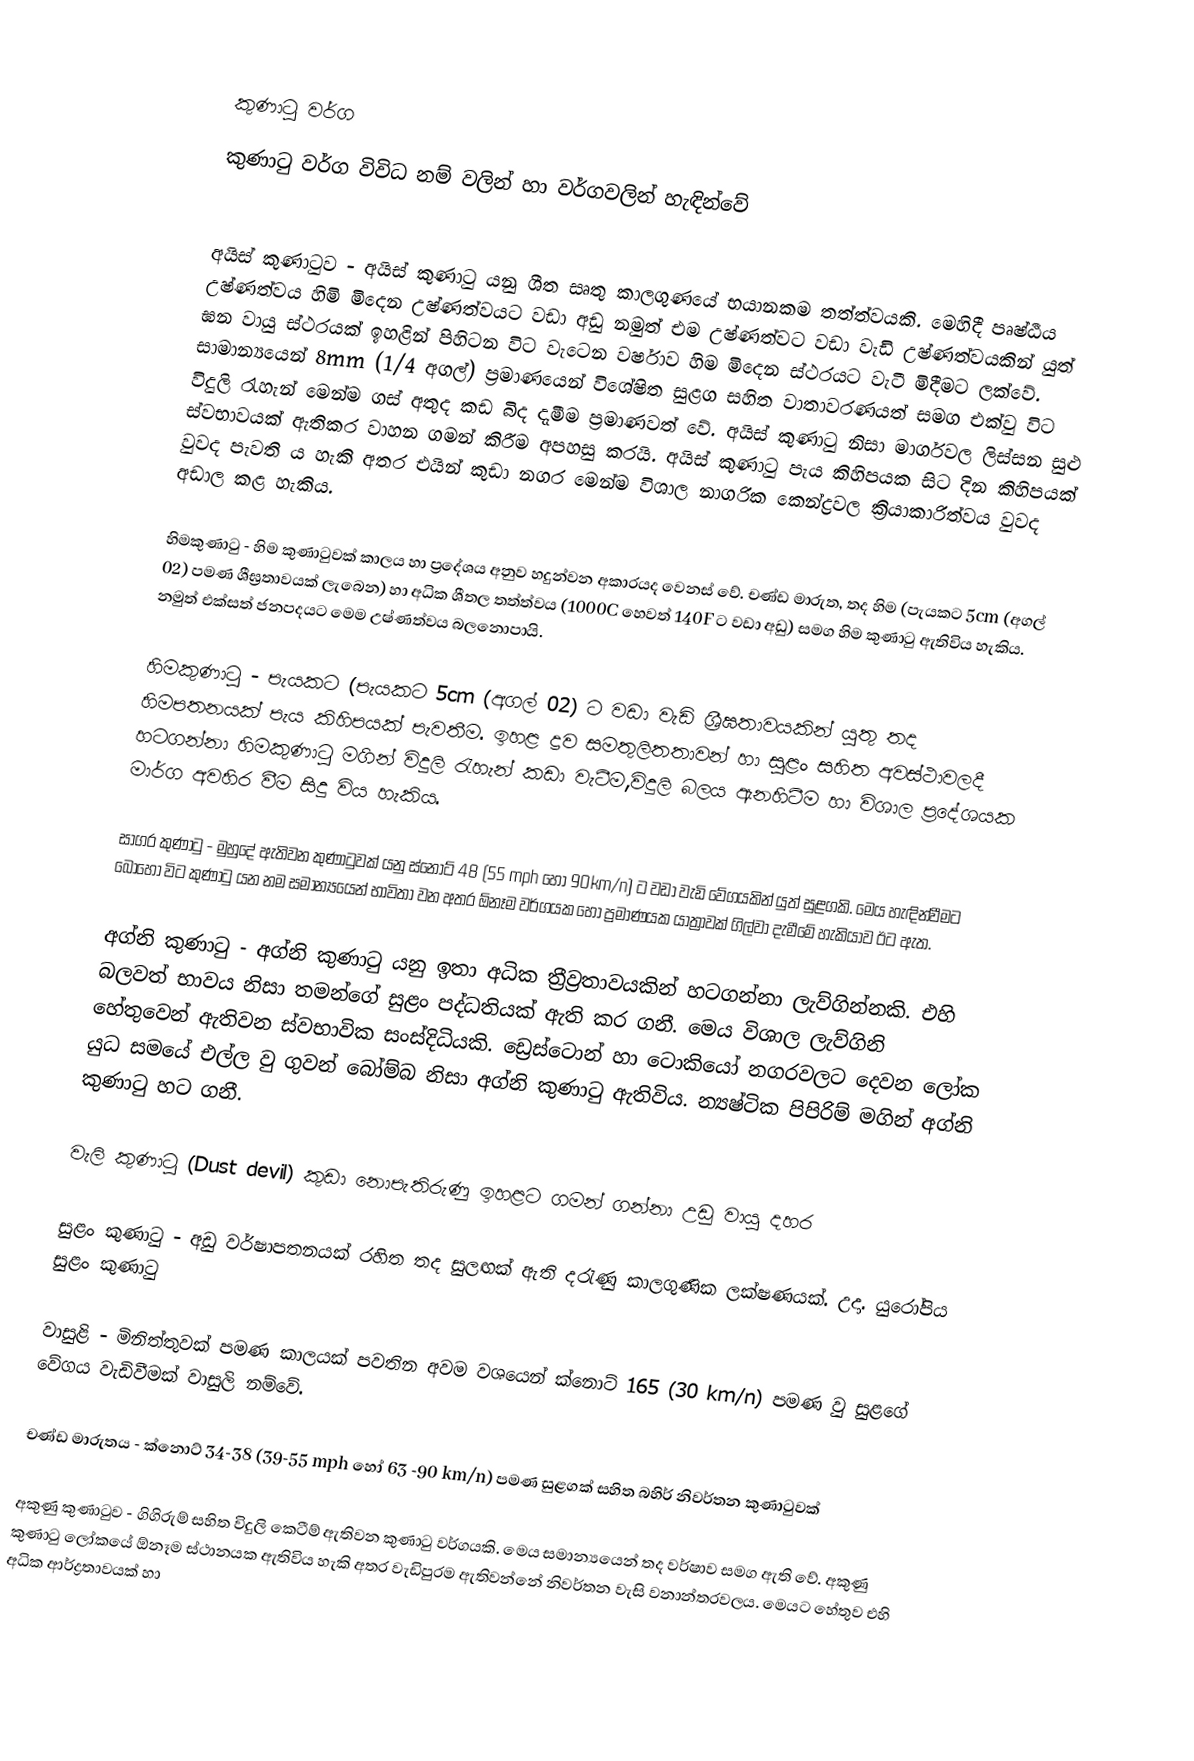

කුණාටු වර්ග
කුණාටු වර්ග විවිධ නම් වලින් හා වර්ගවලින් හැඳින්වේ

අයිස් කුණාටුව - අයිස් කුණාටු යනු ශීත සෘතු කාලගුණයේ භයානකම තත්ත්වයකි. මෙහිදී පෘෂ්ඨීය උෂ්ණත්වය හිමි මිදෙන උෂ්ණත්වයට වඩා අඩු නමුත් එම උෂ්ණත්වට වඩා වැඩි උෂ්ණත්වයකින් යුත් ඝන වායු ස්ථරයක් ඉහළින් පිහිටන විට වැටෙන වර්ෂාව හිම මිදෙන ස්ථරයට වැටී මිදීමට ලක්වේ. සාමාන්‍යයෙන් 8mm (1/4 අගල්) ප්‍රමාණයෙන් විශේෂිත සුළග සහිත වාතාවරණයත් සමග එක්වු විට විදුලි රැහැන් මෙන්ම ගස් අතුද කඩ බිද දැමීම ප්‍රමාණවත් වේ. අයිස් කුණාටු නිසා මාර්ගවල ලිස්සන සුළු ස්වභාවයක් ඇතිකර වාහන ගමන් කිරීම අපහසු කරයි. අයිස් කුණාටු පැය කිහිපයක සිට දින කිහිපයක් වුවද පැවති ය හැකි අතර එයින් කුඩා නගර මෙන්ම විශාල නාගරික කෙන්ද්‍රවල ක්‍රියාකාරිත්වය වුවද අඩාල කළ හැකිය.

හිමකුණාටු - හිම කුණාටුවක් කාලය හා ප්‍රදේශය අනුව හදුන්වන අකාරයද වෙනස් වේ. චණ්ඩ මාරුත, තද හිම (පැයකට 5cm (අගල් 02) පමණ ශීඝ්‍රතාවයක් ලැබෙන) හා අධික ශීතල තත්ත්වය (1000C හෙවත් 140F ට වඩා අඩු) සමග හිම කුණාටු ඇතිවිය හැකිය. නමුත් එක්සත් ජනපදයට මෙම උෂ්ණත්වය බලනොපායි.

 හිමකුණාටු - පැයකට (පැයකට 5cm (අගල් 02) ට වඩා වැඩි ශ්‍රීඝතාවයකින් යුතු තද හිමපතනයක් පැය කිහිපයක් පැවතීම. ඉහළ ද්‍රව සමතුලිතතාවන් හා සුළං සහිත අවස්ථාවලදී හටගන්නා හිමකුණාටු මගින් විදුලි රැහැන් කඩා වැටීම,විදුලි බලය ඇනහිටීම හා විශාල ප්‍රදේශයක මාර්ග අවහිර වීම සිදු විය හැකිය.

සාගර කුණාටු - මුහුදේ ඇතිවන කුණාටුවක් යනු ස්නොට් 48 (55 mph හෝ 90km/n) ට වඩා වැඩි වේගයකින් යුත් සුළගකි. මෙය හැඳින්වීමට බොහෝ විට කුණාටු යන නම සමාන්‍යයෙන් භාවිතා වන අතර ඕනෑම වර්ගයක හෝ ප්‍රමාණයක යාත්‍රාවක් ගිල්වා දැමීමේ හැකියාව ඊට ඇත.

අග්නි කුණාටු - අග්නි කුණාටු යනු ඉතා අධික ත්‍රීව්‍රතාවයකින් හටගන්නා ලැව්ගින්නකි. එහි බලවත් භාවය නිසා තමන්ගේ සුළං පද්ධතියක් ඇති කර ගනී. මෙය විශාල ලැව්ගිනි හේතුවෙන් ඇතිවන ස්වභාවික සංස්දිධියකි. ඩ්‍රෙස්ටොන් හා ටොකියෝ නගරවලට දෙවන ලෝක යුධ සමයේ එල්ල වු ගුවන් බෝම්බ නිසා අග්නි කුණාටු ඇතිවිය. න්‍යෂ්ටික පිපිරිම් මගින් අග්නි කුණාටු හට ගනී.

වැලි කුණාටු (Dust devil) කුඩා නොපැතිරුණු ඉහළට ගමන් ගන්නා උඩු වායු දහර

සුළං කුණාටු - අඩු වර්ෂාපතනයක් රහිත තද සුලඟක් ඇති දරැණු කාලගුණික ලක්ෂණයක්. උදා. යුරෝපිය සුළං කුණාටු

වාසුළි - මිනිත්තුවක් පමණ කාලයක් පවතින අවම වශයෙන් ක්නොට් 165 (30 km/n) පමණ වු සුළගේ වේගය වැඩිවීමක් වාසුලි නම්වේ.

 චණ්ඩ මාරුතය - ක්නොට් 34-38 (39-55 mph හෝ 63 -90 km/n) පමණ සුළගක් සහිත බහිර් නිවර්තන කුණාටුවක්

අකුණු කුණාටුව - ගිගිරුම් සහිත විදුලි කෙටීම් ඇතිවන කුණාටු වර්ගයකි. මෙය සමාන්‍යයෙන් තද වර්ෂාව සමග ඇති වේ. අකුණු කුණාටු ලෝකයේ ඕනෑම ස්ථානයක ඇතිවිය හැකි අතර වැඩිපුරම ඇතිවන්නේ නිවර්තන වැසි වනාන්තරවලය. මෙයට හේතුව එහි අධික ආර්ද්‍රතාවයක් හා